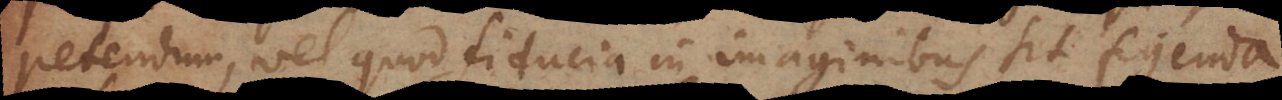
petendum, vel quod fiducia in imaginibus sit figenda